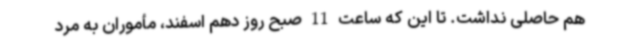
هم حاصلی نداشت. تا این که ساعت 11 صبح روز دهم اسفند، مأموران به مرد